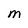
Character: M